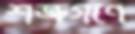
শত্রুগণে